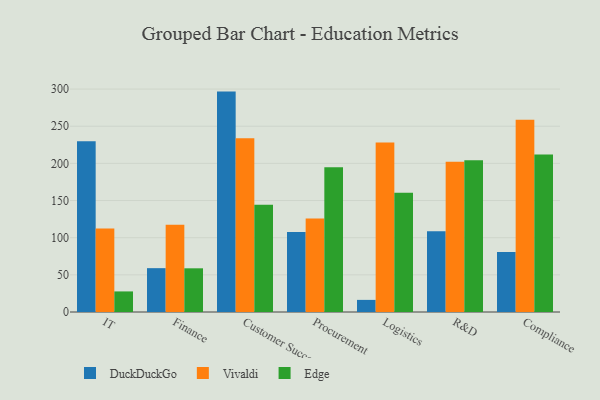
{"axis": {"x": "Department", "y": "Bounce Rate (%)"}, "legend": ["DuckDuckGo", "Edge", "Vivaldi"], "data": [{"x": "IT", "y": 229.7, "type": "DuckDuckGo"}, {"x": "IT", "y": 112.5, "type": "Vivaldi"}, {"x": "IT", "y": 27.7, "type": "Edge"}, {"x": "Finance", "y": 59.0, "type": "DuckDuckGo"}, {"x": "Finance", "y": 117.5, "type": "Vivaldi"}, {"x": "Finance", "y": 58.8, "type": "Edge"}, {"x": "Customer Success", "y": 296.6, "type": "DuckDuckGo"}, {"x": "Customer Success", "y": 233.7, "type": "Vivaldi"}, {"x": "Customer Success", "y": 144.3, "type": "Edge"}, {"x": "Procurement", "y": 107.5, "type": "DuckDuckGo"}, {"x": "Procurement", "y": 125.7, "type": "Vivaldi"}, {"x": "Procurement", "y": 194.7, "type": "Edge"}, {"x": "Logistics", "y": 16.3, "type": "DuckDuckGo"}, {"x": "Logistics", "y": 228.0, "type": "Vivaldi"}, {"x": "Logistics", "y": 160.4, "type": "Edge"}, {"x": "R&D", "y": 108.8, "type": "DuckDuckGo"}, {"x": "R&D", "y": 202.3, "type": "Vivaldi"}, {"x": "R&D", "y": 204.2, "type": "Edge"}, {"x": "Compliance", "y": 80.9, "type": "DuckDuckGo"}, {"x": "Compliance", "y": 258.7, "type": "Vivaldi"}, {"x": "Compliance", "y": 212.0, "type": "Edge"}]}